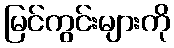
မြင်ကွင်းများကို